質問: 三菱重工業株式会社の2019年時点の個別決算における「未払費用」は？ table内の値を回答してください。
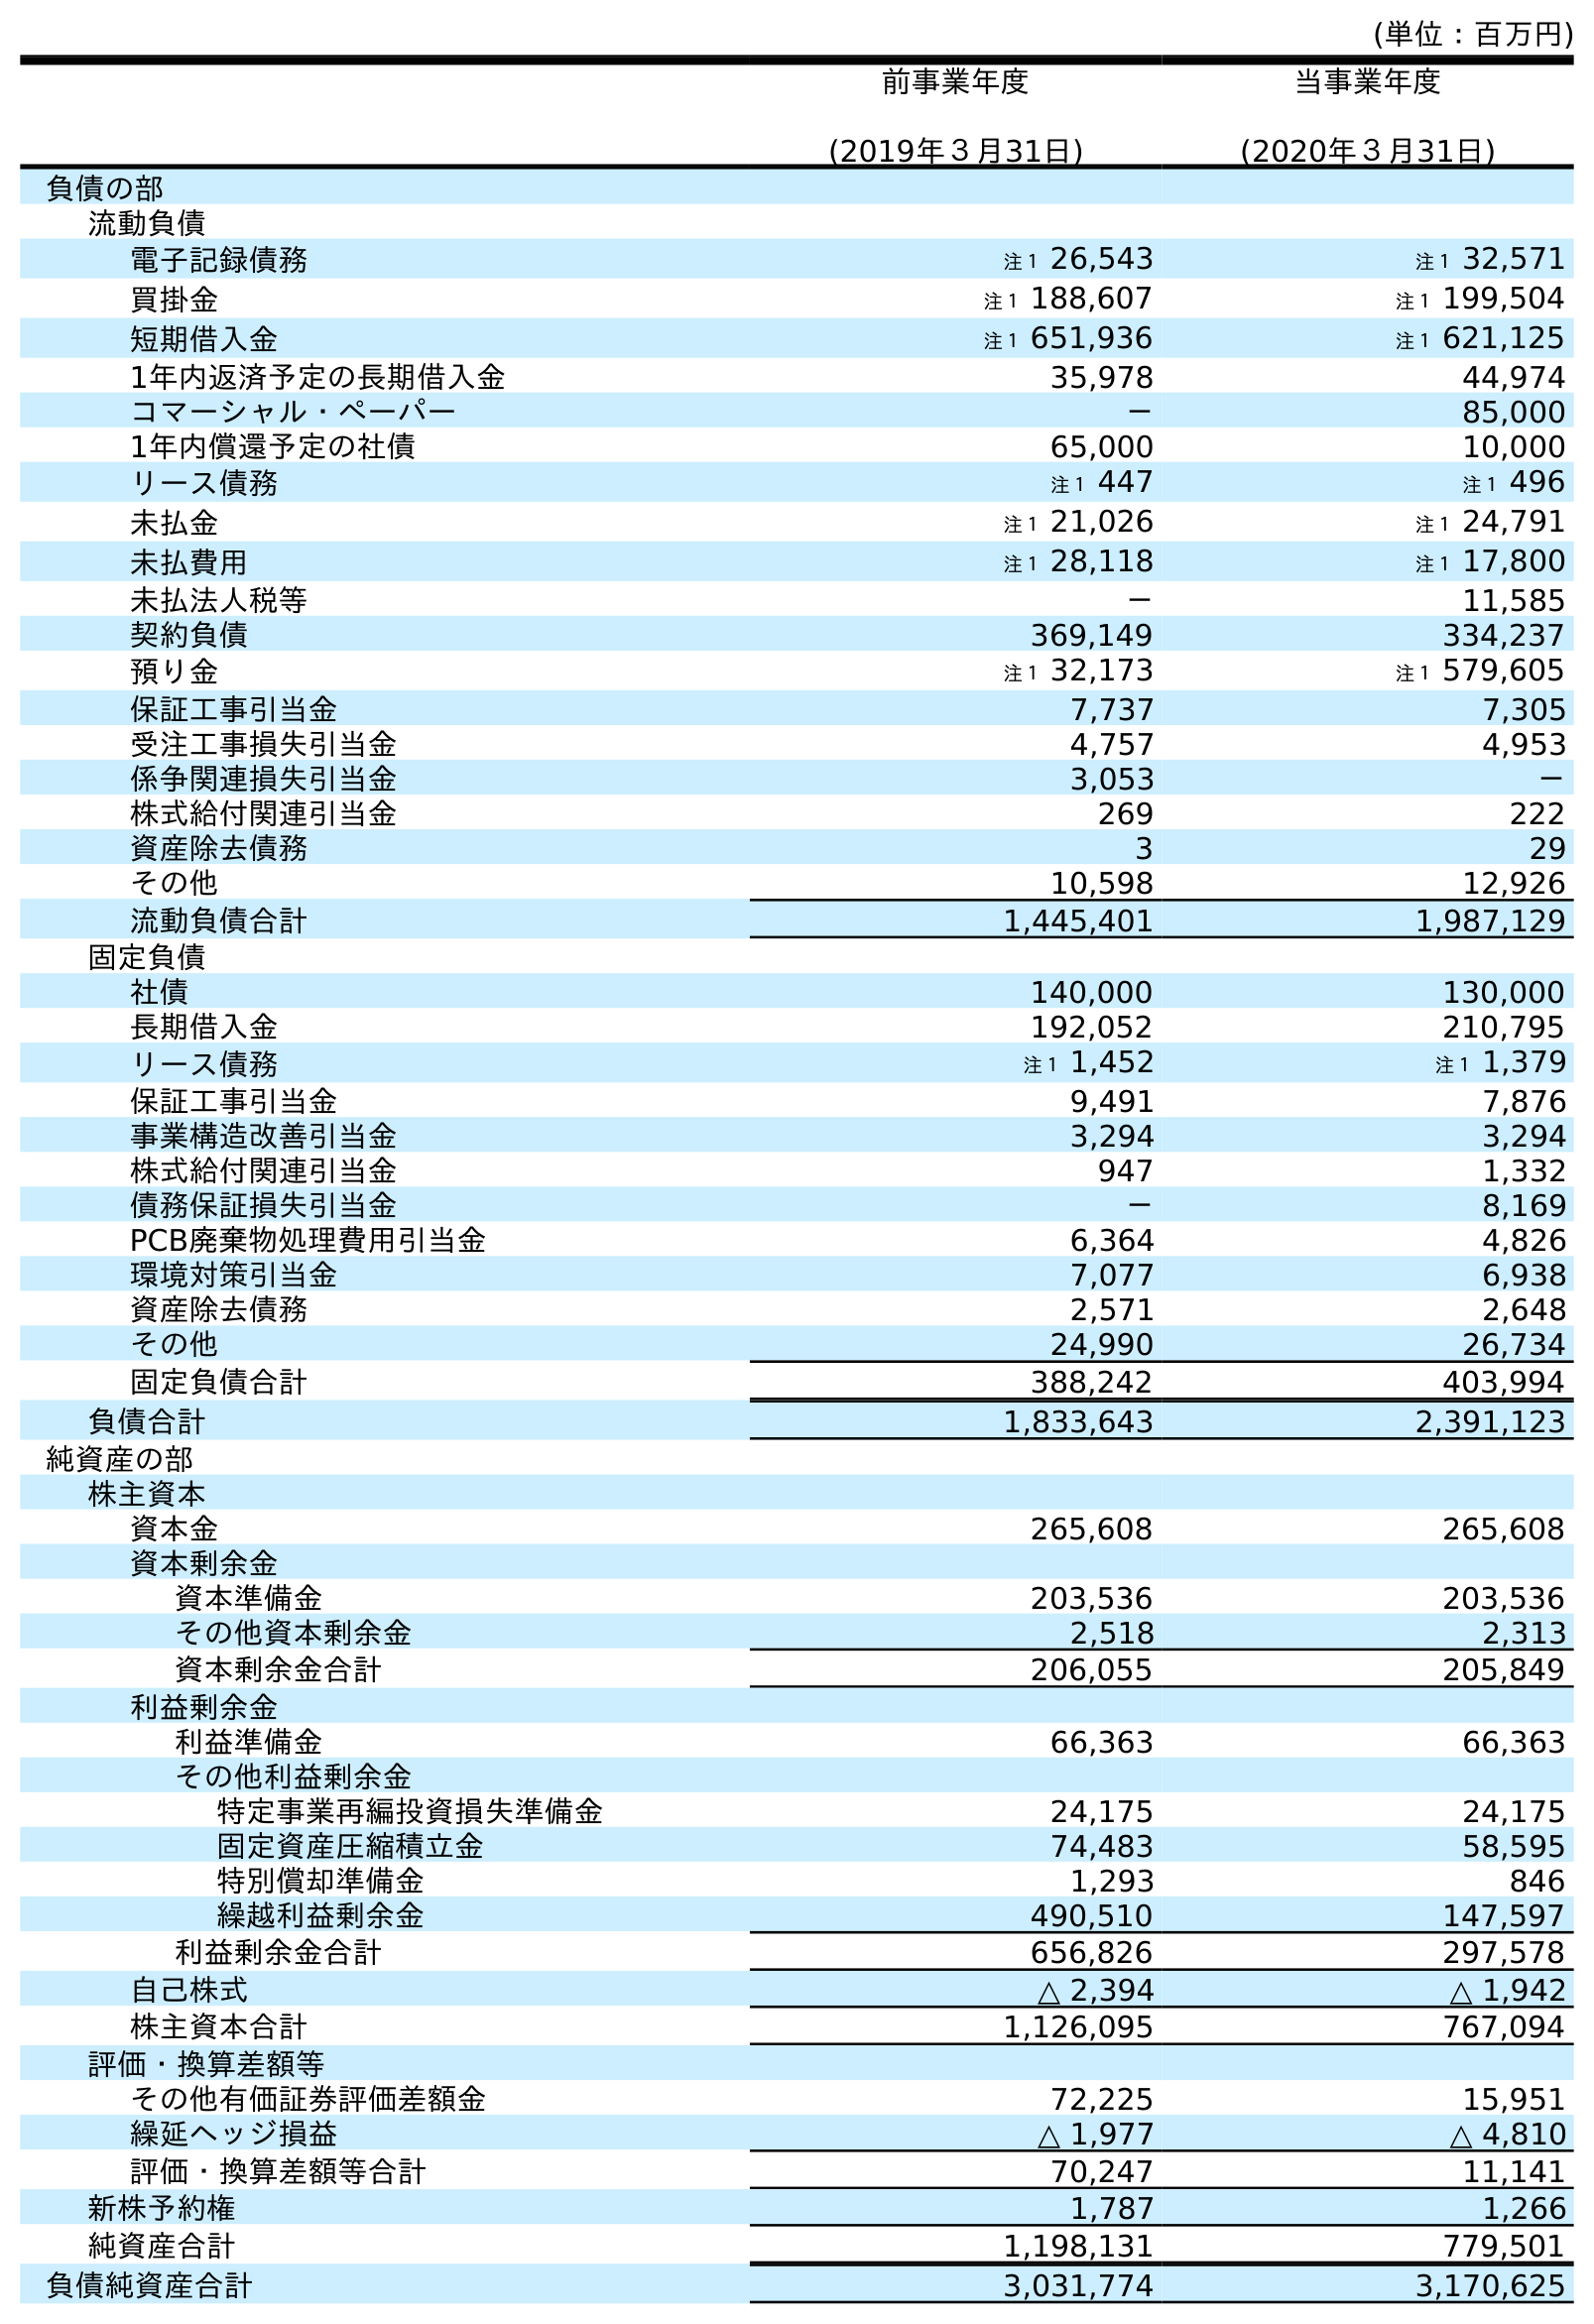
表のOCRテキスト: (単位：百万円) 前事業年度 (2019年３月31日) 当事業年度 (2020年３月31日) 負債の部 流動負債 電子記録債務 注１ 26,543 注１ 32,571 買掛金 注１ 188,607 注１ 199,504 短期借入金 注１ 651,936 注１ 621,125 1年内返済予定の長期借入金 35,978 44,974 コマーシャル・ペーパー － 85,000 1年内償還予定の社債 65,000 10,000 リース債務 注１ 447 注１ 496 未払金 注１ 21,026 注１ 24,791 未払費用 注１ 28,118 注１ 17,800 未払法人税等 － 11,585 契約負債 369,149 334,237 預り金 注１ 32,173 注１ 579,605 保証工事引当金 7,737 7,305 受注工事損失引当金 4,757 4,953 係争関連損失引当金 3,053 － 株式給付関連引当金 269 222 資産除去債務 3 29 その他 10,598 12,926 流動負債合計 1,445,401 1,987,129 固定負債 社債 140,000 130,000 長期借入金 192,052 210,795 リース債務 注１ 1,452 注１ 1,379 保証工事引当金 9,491 7,876 事業構造改善引当金 3,294 3,294 株式給付関連引当金 947 1,332 債務保証損失引当金 － 8,169 PCB廃棄物処理費用引当金 6,364 4,826 環境対策引当金 7,077 6,938 資産除去債務 2,571 2,648 その他 24,990 26,734 固定負債合計 388,242 403,994 負債合計 1,833,643 2,391,123 純資産の部 株主資本 資本金 265,608 265,608 資本剰余金 資本準備金 203,536 203,536 その他資本剰余金 2,518 2,313 資本剰余金合計 206,055 205,849 利益剰余金 利益準備金 66,363 66,363 その他利益剰余金 特定事業再編投資損失準備金 24,175 24,175 固定資産圧縮積立金 74,483 58,595 特別償却準備金 1,293 846 繰越利益剰余金 490,510 147,597 利益剰余金合計 656,826 297,578 自己株式 △ 2,394 △ 1,942 株主資本合計 1,126,095 767,094 評価・換算差額等 その他有価証券評価差額金 72,225 15,951 繰延ヘッジ損益 △ 1,977 △ 4,810 評価・換算差額等合計 70,247 11,141 新株予約権 1,787 1,266 純資産合計 1,198,131 779,501 負債純資産合計 3,031,774 3,170,625
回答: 注１28,118